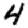
Digit: 4